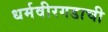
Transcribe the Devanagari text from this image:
धर्मवीरगडाची